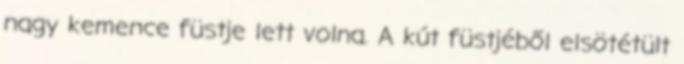
nagy kemence füstje lett volna. A kút füstjéből elsötétült